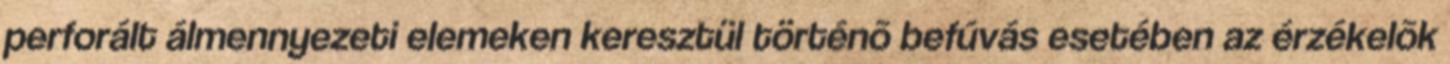
perforált álmennyezeti elemeken keresztül történõ befúvás esetében az érzékelõk